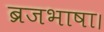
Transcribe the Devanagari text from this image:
ब्रजभाषा।